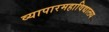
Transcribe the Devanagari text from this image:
व्यापारमहाविद्यालय